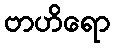
ဗာဟိရော